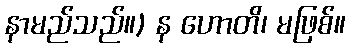
နာမည်သည်။) န ဟောတိ၊ မဖြစ်။